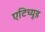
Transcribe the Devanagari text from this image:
एटिच्यूड